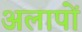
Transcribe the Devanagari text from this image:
अलापों